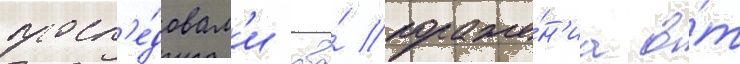
посл'е́довал'и два́ пораже́н'иа о́т